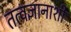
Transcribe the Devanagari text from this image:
तत्वज्ञानाशी